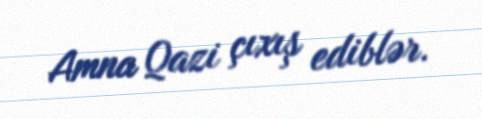
Amna Qazi çıxış ediblər.